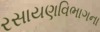
રસાયણવિભાગના